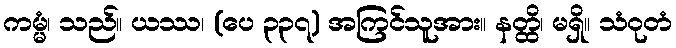
ကမ္မံ၊ သည်။ ယဿ၊ (ပေ ၃၃၇) အကြင်သူအား။ နတ္ထိ၊ မရှိ။ သံဝုတံ